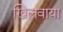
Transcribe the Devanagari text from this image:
खिलवाया